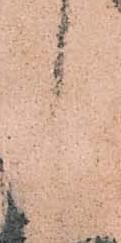
候